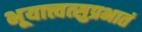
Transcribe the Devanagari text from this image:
भूयात्त्वत्सुप्रभातं